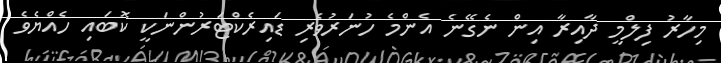
މިހާރު ފިލްމީ ދާއިރާ އިން ނެގޭނެ އެންމެ ހުނަރުވެރި ޑައިރެކްޓަރުންނަކީ ކޮބައި ހެއްޔެވެ